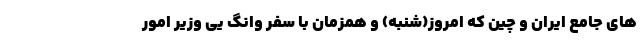
های جامع ایران و چین که امروز(شنبه) و همزمان با سفر وانگ یی وزیر امور